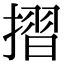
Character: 摺